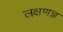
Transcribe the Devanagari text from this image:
लक्षणज्ञ